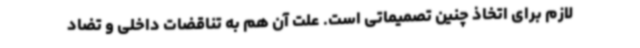
لازم برای اتخاذ چنین تصمیماتی است. علت آن هم به تناقضات داخلی و تضاد